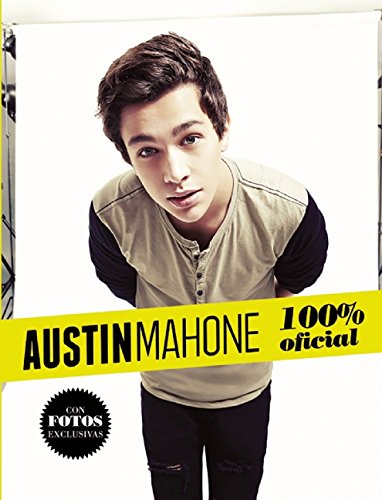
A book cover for Austin Mahone. Tal como pasÃ³. Mi historia oficial (Austin Mahone: Just How It Happened: My Official Story) (Spanish Edition); Austin Mahone; Teen & Young Adult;